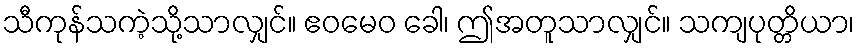
သီကုန်သကဲ့သို့သာလျှင်။ ဧဝမေဝ ခေါ၊ ဤအတူသာလျှင်။ သကျပုတ္တိယာ၊